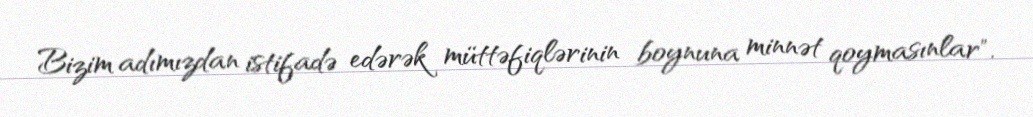
Bizim adımızdan istifadə edərək müttəfiqlərinin boynuna minnət qoymasınlar".